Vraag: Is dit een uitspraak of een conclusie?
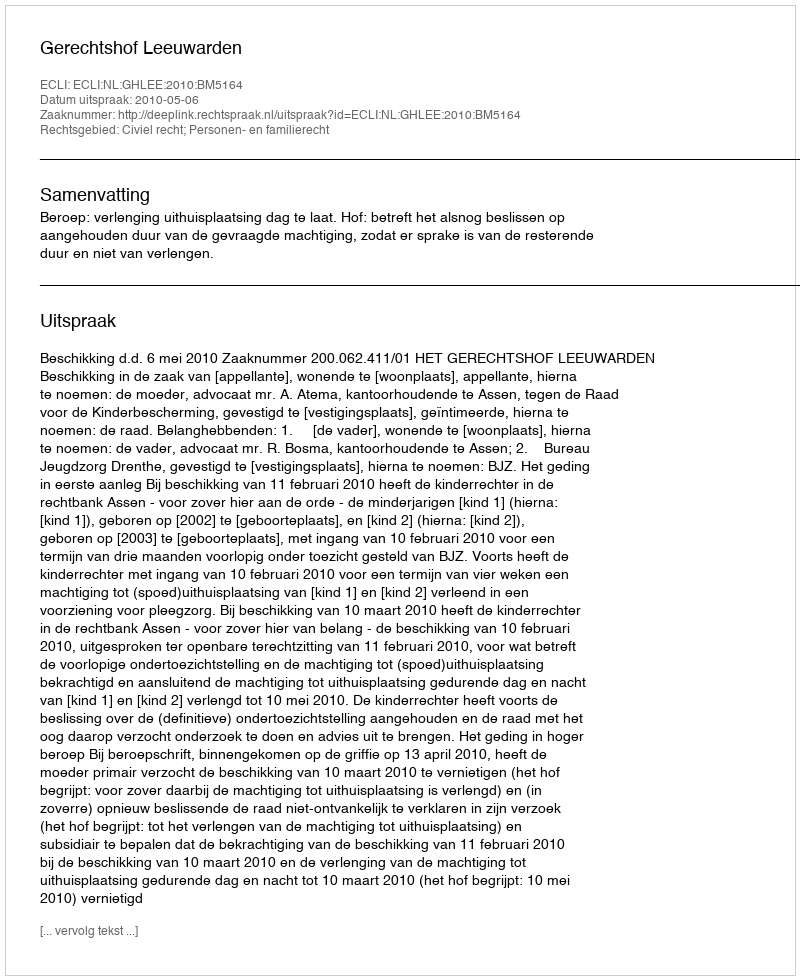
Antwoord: Uitspraak